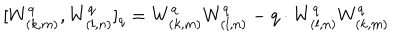
LaTeX: [ W _ { ( k , m ) } ^ { q } , W _ { ( l , n ) } ^ { q } ] _ { q } = W _ { ( k , m ) } ^ { q } W _ { ( l , n ) } ^ { q } - q \cdot W _ { ( l , n ) } ^ { q } W _ { ( k , m ) } ^ { q }